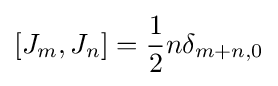
[J_{m},J_{n}]={\frac {1}{2}}n\delta _{m+n,0}